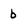
Character: b